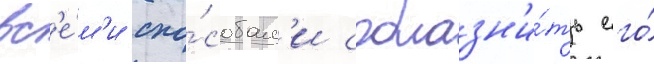
вс'е́м'и спо́собам'и соблазн'и́ть его́